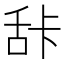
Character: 𰯽